Leaving Certificate, 1898
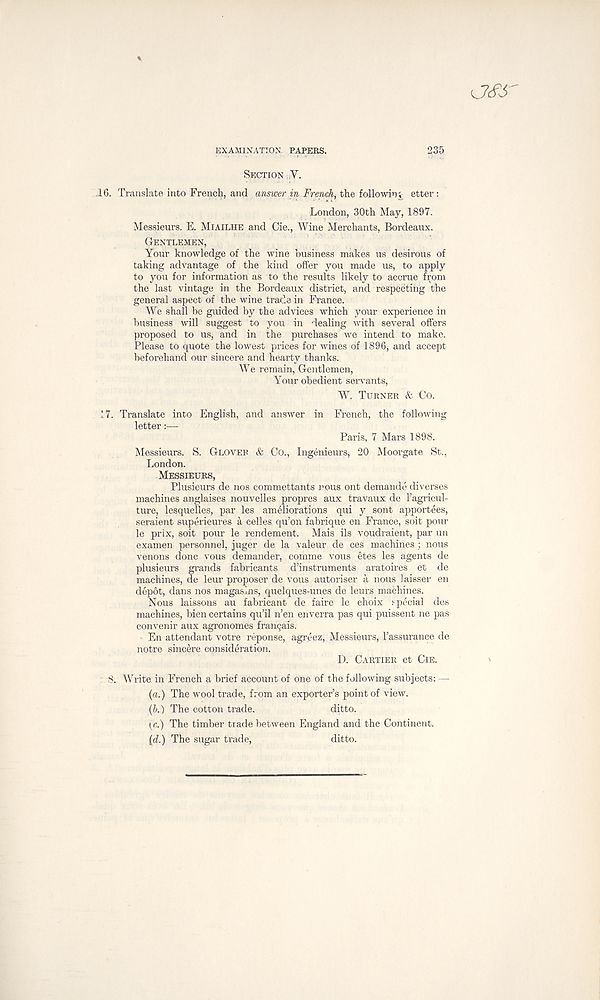
OS'S
EXAMINATION. PAPERS.
235
SECTION, Y.
,16. Translate into French, and answer in French, the following etter :
London, 30th May, 1897.
Messieurs. E. MIAILHE and Cie., Wine Merchants, Bordeaux.
GENTLEMEN,
Your knowledge of the wine business makes us desirous of
taking advantage of the kind offer you made us, to apply
to you for information as to the results likely to accrue from
the last vintage in the Bordeaux district, and respecting the
general aspect of the wine trade in France.
We shall be guided by the advices which your experience in
business will suggest to you in dealing with several offers
proposed to us, and in the purchases we intend to make.
Please to quote the lowest prices for wines of 1896, and accept
beforehand our sincere and hearty thanks.
We remain, Gentlemen,
Your obedient servants,
W. TURNER & Co.
17. Translate into English, and answer in French, the following
letter:—
Paris, 7 Mars 1898.
Messieurs. S. GLOVEP & Co., Ingenieurs, 20 Moorgate St.,
London.
MESSIEURS,
Plusieurs de nos commettants nous ont demande diverses
machines anglaises nouvelles propres aux travaux de ragricul-
ture, lesquelles, par les ameliorations qui y sont apportees,
seraient supericures k celles qu’on fabrique en France, soit pour
le prix, soit pour le rendement. Mais ils voudraient, par un
examen personnel, juger de la valeur de ces machines; nous
venons done vous demander, comme vous etes les agents de
plusieurs grands fabricants d’instruments aratoires et de
machines, de leur proposer de vous autoriser a nous laisser en
depot, dans nos magasins, quelques-unes de leurs machines.
Nous laissons au fabricant de faire le choix special des
machines, bien certains qu’il n’en enverra pas qui puissent ne pas
convenir aux agronomes frangais.
- En attendant votre reponse, agreez, Messieurs, Tassurance de
notre sincere consideration.
D. CARTIER et CIE.
: 8. Write in French a brief account of one of the following subjects: —
(a.) The wool trade, from an exporter’s point of view.
(b.) The cotton trade.
ditto.
(c.) The timber trade between England and the Continent.
(d.) The sugar trade,
ditto.